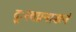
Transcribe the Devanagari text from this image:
दुःस्वप्ननाशनं